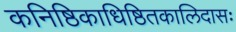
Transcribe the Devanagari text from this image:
कनिष्ठिकाधिष्ठितकालिदासः